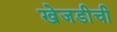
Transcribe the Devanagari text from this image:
खेजडीची